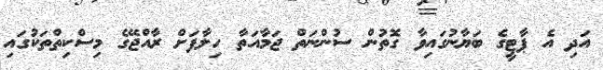
އަދި އެ ޕާޓީގެ ބަޔާނުގައިވާ ގޮތުން ސުންނަތް ޖަމާއަތާ ހިލާފަށް ރާއްޖޭގެ މިސްކިތްތަކުގައި